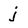
Character: j